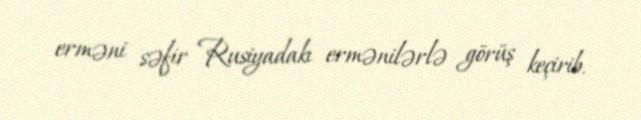
erməni səfir Rusiyadakı ermənilərlə görüş keçirib.